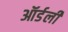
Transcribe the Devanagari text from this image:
ऑर्डर्ली